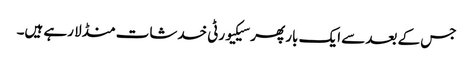
جس کے بعد سے ایک بار پھر سیکیورٹی خدشات منڈلا رہے ہیں۔